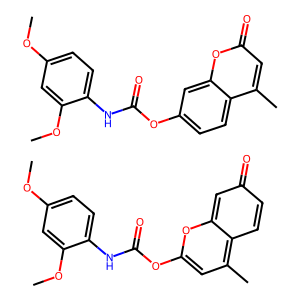
SMILES: COc1ccc(NC(=O)Oc2cc(C)c3ccc(=O)cc-3o2)c(OC)c1.COc1ccc(NC(=O)Oc2ccc3c(C)cc(=O)oc3c2)c(OC)c1
Inhibits HIV replication: No